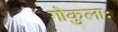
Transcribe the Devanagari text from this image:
गोकुलाः